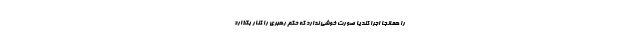
را همانجا اجرا کند یا صورت خوشی ندارد که حکم رهبری را کنار بگذارد